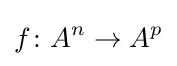
f\colon A^{n}\to A^{p}